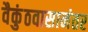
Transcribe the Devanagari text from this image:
वैकुंठवासानंतर